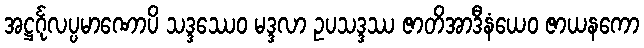
အဋ္ဌင်္ဂုလပ္ပမာဏောပိ သဒ္ဒဿေဝ မဒ္ဒလာ ဥပသဒ္ဒဿ ဇာတိအာဒီနံယေဝ ဇာယနကော